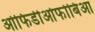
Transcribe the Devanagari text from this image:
ओफिडीओफोबिआ